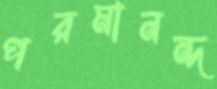
পরমানন্দ